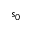
s _ { 0 }